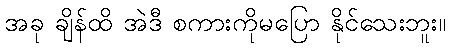
အခု ချိန်ထိ အဲဒီ စကားကိုမပြော နိုင်သေးဘူး။